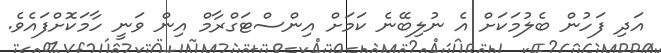
އަދި ފަހުން ބެލުމަކަށް އެ ނުލިބޭނެ ކަމަށް އިންސްޓަގްރާމް އިން ވަނީ ހާމަކޮށްފައެވެ.